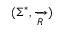
( \Sigma ^ { * } , { \xrightarrow [ { R } ] { } } )